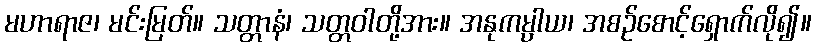
မဟာရာဇ၊ မင်းမြတ်။ သတ္တာနံ၊ သတ္တဝါတို့အား။ အနုကမ္ပါယ၊ အစဉ်စောင့်ရှောက်လို၍။